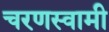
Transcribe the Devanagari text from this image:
चरणस्वामी